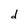
Character: d